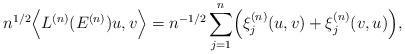
LaTeX: \begin{align*}n^{1/2}\Bigl\langle L^{(n)}(E^{(n)})u,v\Bigr\rangle = n^{-1/2}\sum_{j=1}^n\Bigl(\xi_j^{(n)}(u,v)+\xi_j^{(n)}(v,u)\Bigr),\end{align*}